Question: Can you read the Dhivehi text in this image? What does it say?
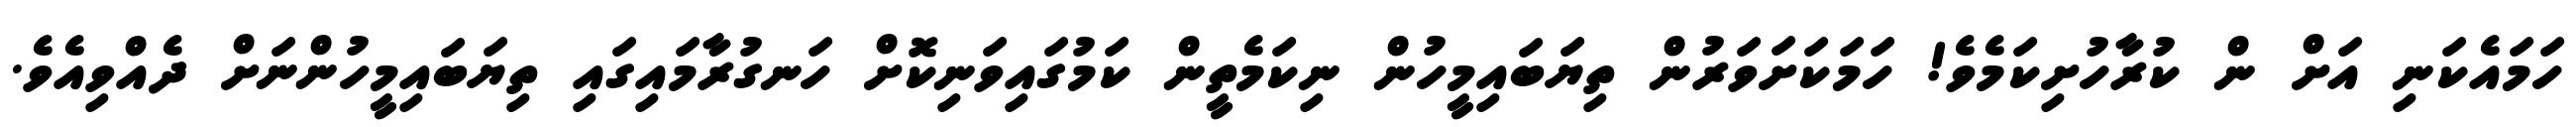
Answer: ހަމައެކަނި އަށް ން ކުރާހުށިކަމެވެ! ހަމަކަށަވަރުން ތިޔަބައިމީހުން ނިކަމެތީން ކަމުގައިވަނިކޮށް ހަނގުރާމައިގައި ތިޔަބައިމީހުންނަށް ދެއްވިއެވެ.